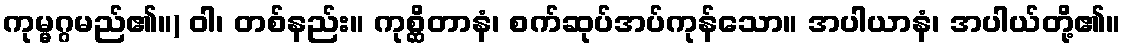
ကုမ္မဂ္ဂမည်၏။) ဝါ၊ တစ်နည်း။ ကုစ္ဆိတာနံ၊ စက်ဆုပ်အပ်ကုန်သော။ အပါယာနံ၊ အပါယ်တို့၏။